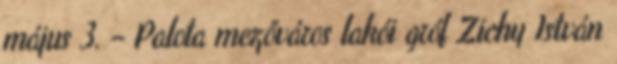
május 3. – Palota mezőváros lakói gróf Zichy István